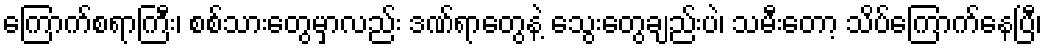
ကြောက်စရာကြီး၊ စစ်သားတွေမှာလည်း ဒဏ်ရာတွေနဲ့ သွေးတွေချည်းပဲ၊ သမီးတော့ သိပ်ကြောက်နေပြီ၊